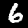
Label: 6